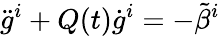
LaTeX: {\ddot{g}}^{i}+Q(t){\dot{g}}^{i}=-{\tilde{\beta}}^{i}